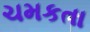
ચમકતા